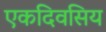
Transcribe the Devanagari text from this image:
एकदिवसिय